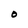
Character: O